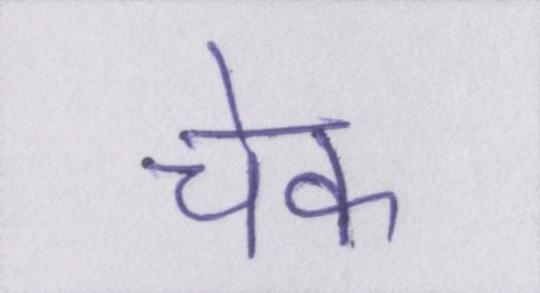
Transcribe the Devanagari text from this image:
चेक